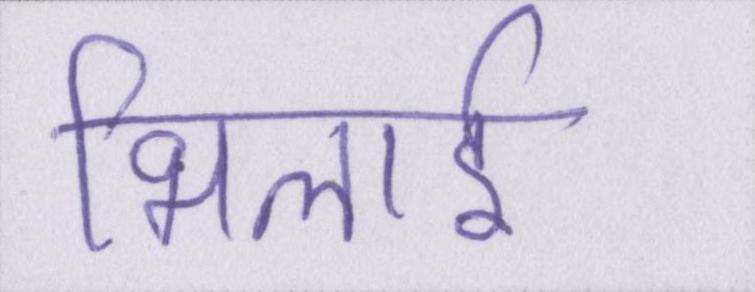
भिलाई